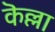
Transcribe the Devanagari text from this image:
कॆल्ला